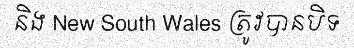
និង New South Wales ត្រូវបានបិទ